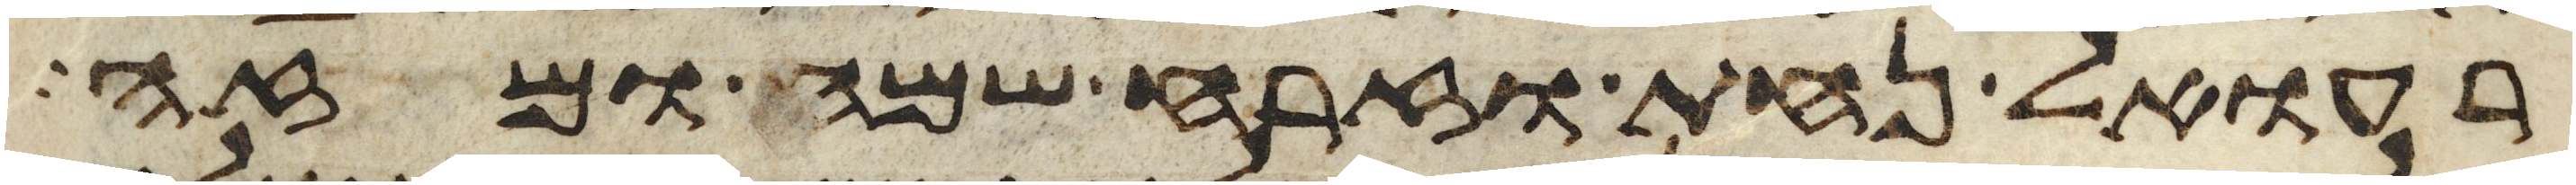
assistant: רעואל נחת וזרח שמח ומזה